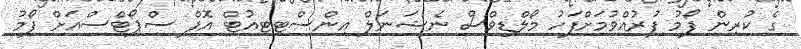
ގެ ކުރިން ފޯމު ފުރުއްވުމަށްފަހު މޯލްޑިވްސް ނެޝަނަލް އިންސްޓިޓިއުޓް އޮފް ސްޕޯޓްސްއަށް ފޯމު